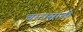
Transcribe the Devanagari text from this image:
चारासाठी